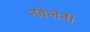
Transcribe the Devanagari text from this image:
नवेलंनी